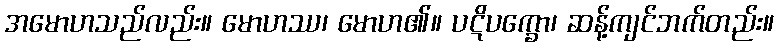
အမောဟသည်လည်း။ မောဟဿ၊ မောဟ၏။ ပဋိပက္ခော၊ ဆန့်ကျင်ဘက်တည်း။